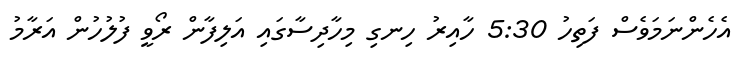
އެހެންނަމަވެސް ފަތިހު 5:30 ހާއިރު ހިނގި މިހާދިސާގައި އަލިފާން ރޯވީ ފުލުހުން އަރާމު